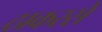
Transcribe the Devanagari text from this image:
ठाकरसे